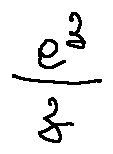
\frac { e ^ { z } } { z }